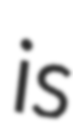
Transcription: is